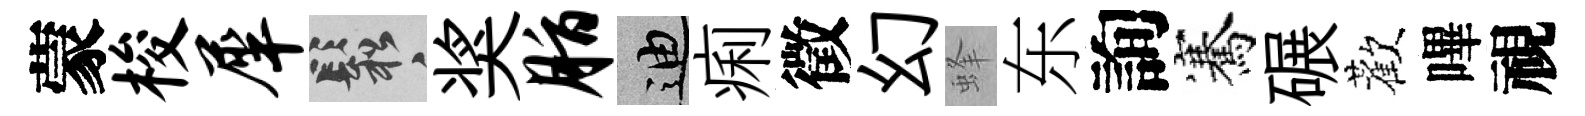
蒙梭犀鬆奖脂迪痢徵幻蜂东詢騫碾歡嗶視